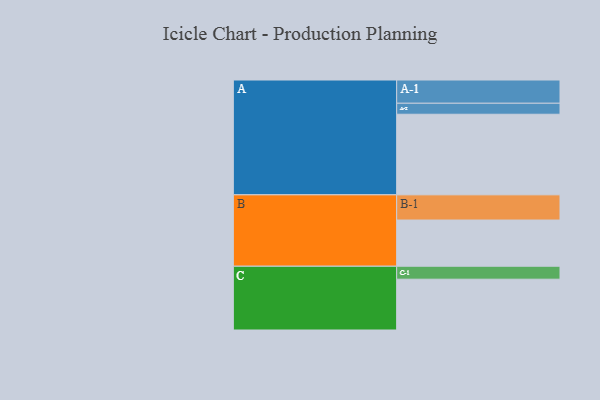
{"axis": {"x": "Segment", "y": "Value"}, "legend": ["", "A", "B", "C"], "data": [{"x": "A", "y": 579, "type": ""}, {"x": "B", "y": 332, "type": ""}, {"x": "C", "y": 365, "type": ""}, {"x": "A-1", "y": 167, "type": "A"}, {"x": "A-2", "y": 79, "type": "A"}, {"x": "B-1", "y": 181, "type": "B"}, {"x": "C-1", "y": 93, "type": "C"}]}